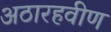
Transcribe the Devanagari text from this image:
अठारहवीण